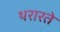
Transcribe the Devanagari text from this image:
थरारते